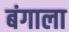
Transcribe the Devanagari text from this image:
बंगाला